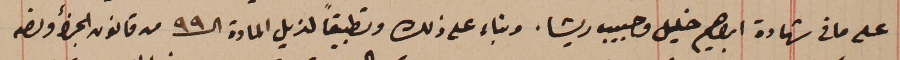
على ما فى شهادة ابراهيم خليل وحبيب ريشا، وبناء على ذلك وتطبيقاً لزيل المادة الـ٩٩ من قانون الجزاء ونصه